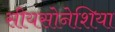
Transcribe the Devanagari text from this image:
सीयसोनेशिया